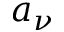
a _ { \nu }